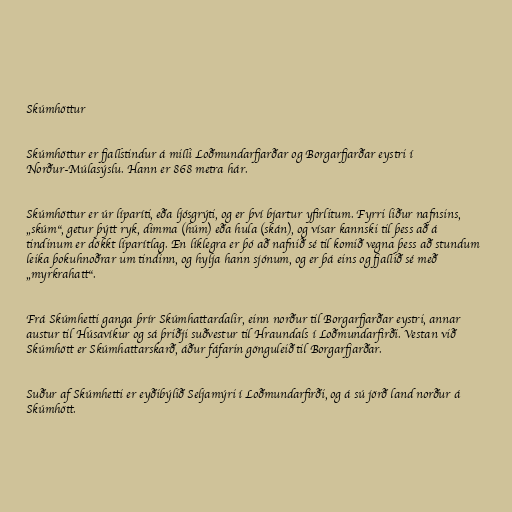
Skúmhöttur

Skúmhöttur er fjallstindur á milli Loðmundarfjarðar og Borgarfjarðar eystri í
Norður-Múlasýslu. Hann er 868 metra hár.

Skúmhöttur er úr líparíti, eða ljósgrýti, og er því bjartur yfirlitum. Fyrri liður nafnsins,
„skúm“, getur þýtt ryk, dimma (húm) eða hula (skán), og vísar kannski til þess að á
tindinum er dökkt líparítlag. En líklegra er þó að nafnið sé til komið vegna þess að stundum
leika þokuhnoðrar um tindinn, og hylja hann sjónum, og er þá eins og fjallið sé með
„myrkrahatt“.

Frá Skúmhetti ganga þrír Skúmhattardalir, einn norður til Borgarfjarðar eystri, annar
austur til Húsavíkur og sá þriðji suðvestur til Hraundals í Loðmundarfirði. Vestan við
Skúmhött er Skúmhattarskarð, áður fáfarin gönguleið til Borgarfjarðar.

Suður af Skúmhetti er eyðibýlið Seljamýri í Loðmundarfirði, og á sú jörð land norður á
Skúmhött.